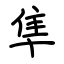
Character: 隼